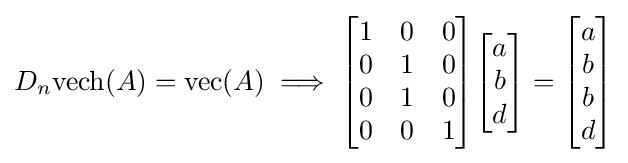
D_{n}\mathrm {vech} (A)=\mathrm {vec} (A)\implies {\begin{bmatrix}1&0&0\\0&1&0\\0&1&0\\0&0&1\end{bmatrix}}{\begin{bmatrix}a\\b\\d\end{bmatrix}}={\begin{bmatrix}a\\b\\b\\d\end{bmatrix}}